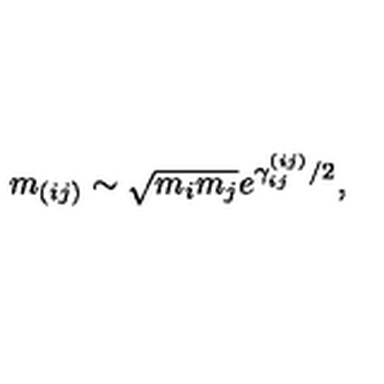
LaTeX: m _ { ( i j ) } \sim \sqrt { m _ { i } m _ { j } } e ^ { \gamma _ { i j } ^ { ( i j ) } / 2 } ,